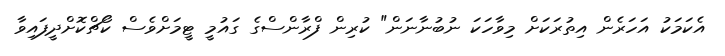
އެކަމަކު އަހަރެން އިތުރަކަށް މިވާހަކަ ނުބުނާނަން" ކުރިން ފްރާންސްގެ ގައުމީ ޓީމަށްވެސް ކޯޗްކޮށްދީފައިވާ